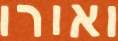
ואורו